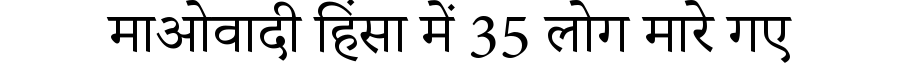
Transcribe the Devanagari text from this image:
माओवादी हिंसा में 35 लोग मारे गए